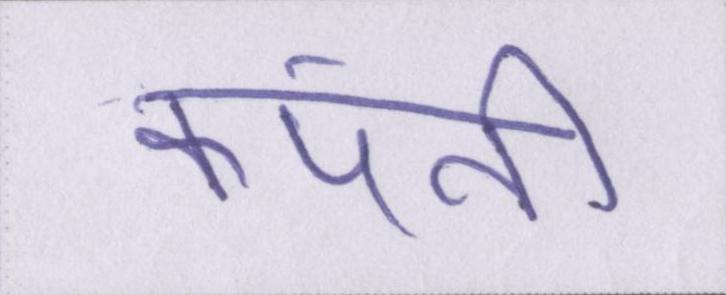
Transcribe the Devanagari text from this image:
कंपनी